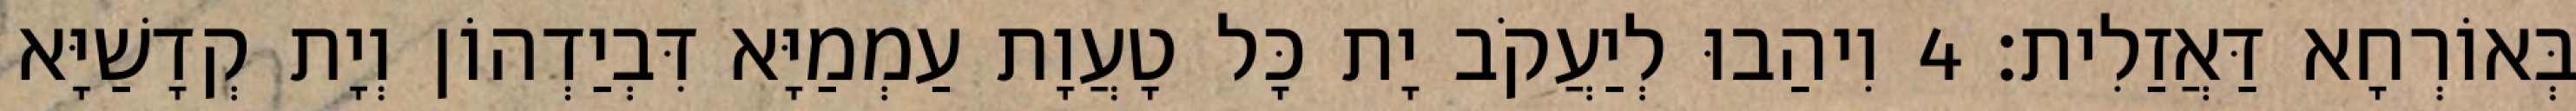
בְּאוֹרְחָא דַּאֲזַלִית׃ 4 וִיהַבוּ לְיַעֲקֹב יָת כָּל טָעֲוָת עַמְמַיָּא דִּבְיַדְהוֹן וְיָת קְדָשַׁיָּא